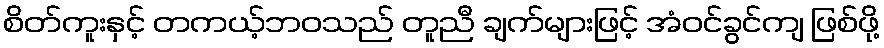
စိတ်ကူးနှင့် တကယ့်ဘဝသည် တူညီ ချက်များဖြင့် အံဝင်ခွင်ကျ ဖြစ်ဖို့